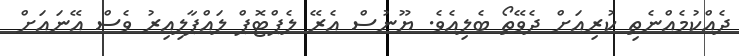
ދެއްކުމެއްނެތި ކުރިއަށް ދެވޭތޯ ބެލިއެވެ. ޔޫނުސް އެރޭ ލެޕްޓޮޕް ލައްޕާލިއިރު ވެސް އޭނައަށް